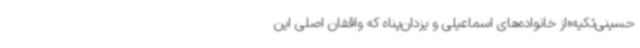
حسینی‌تکیه»از خانواده‌های اسماعیلی و یزدان‌پناه که واقفان اصلی این